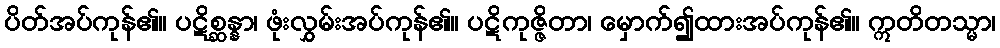
ပိတ်အပ်ကုန်၏။ ပဋိစ္ဆန္နာ၊ ဖုံးလွှမ်းအပ်ကုန်၏။ ပဋိကုဇ္ဇိတာ၊ မှောက်၍ထားအပ်ကုန်၏။ ဣတိတသ္မာ၊